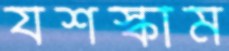
যশস্কাম